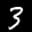
Label: 3